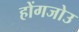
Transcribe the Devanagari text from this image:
होंगजोउ